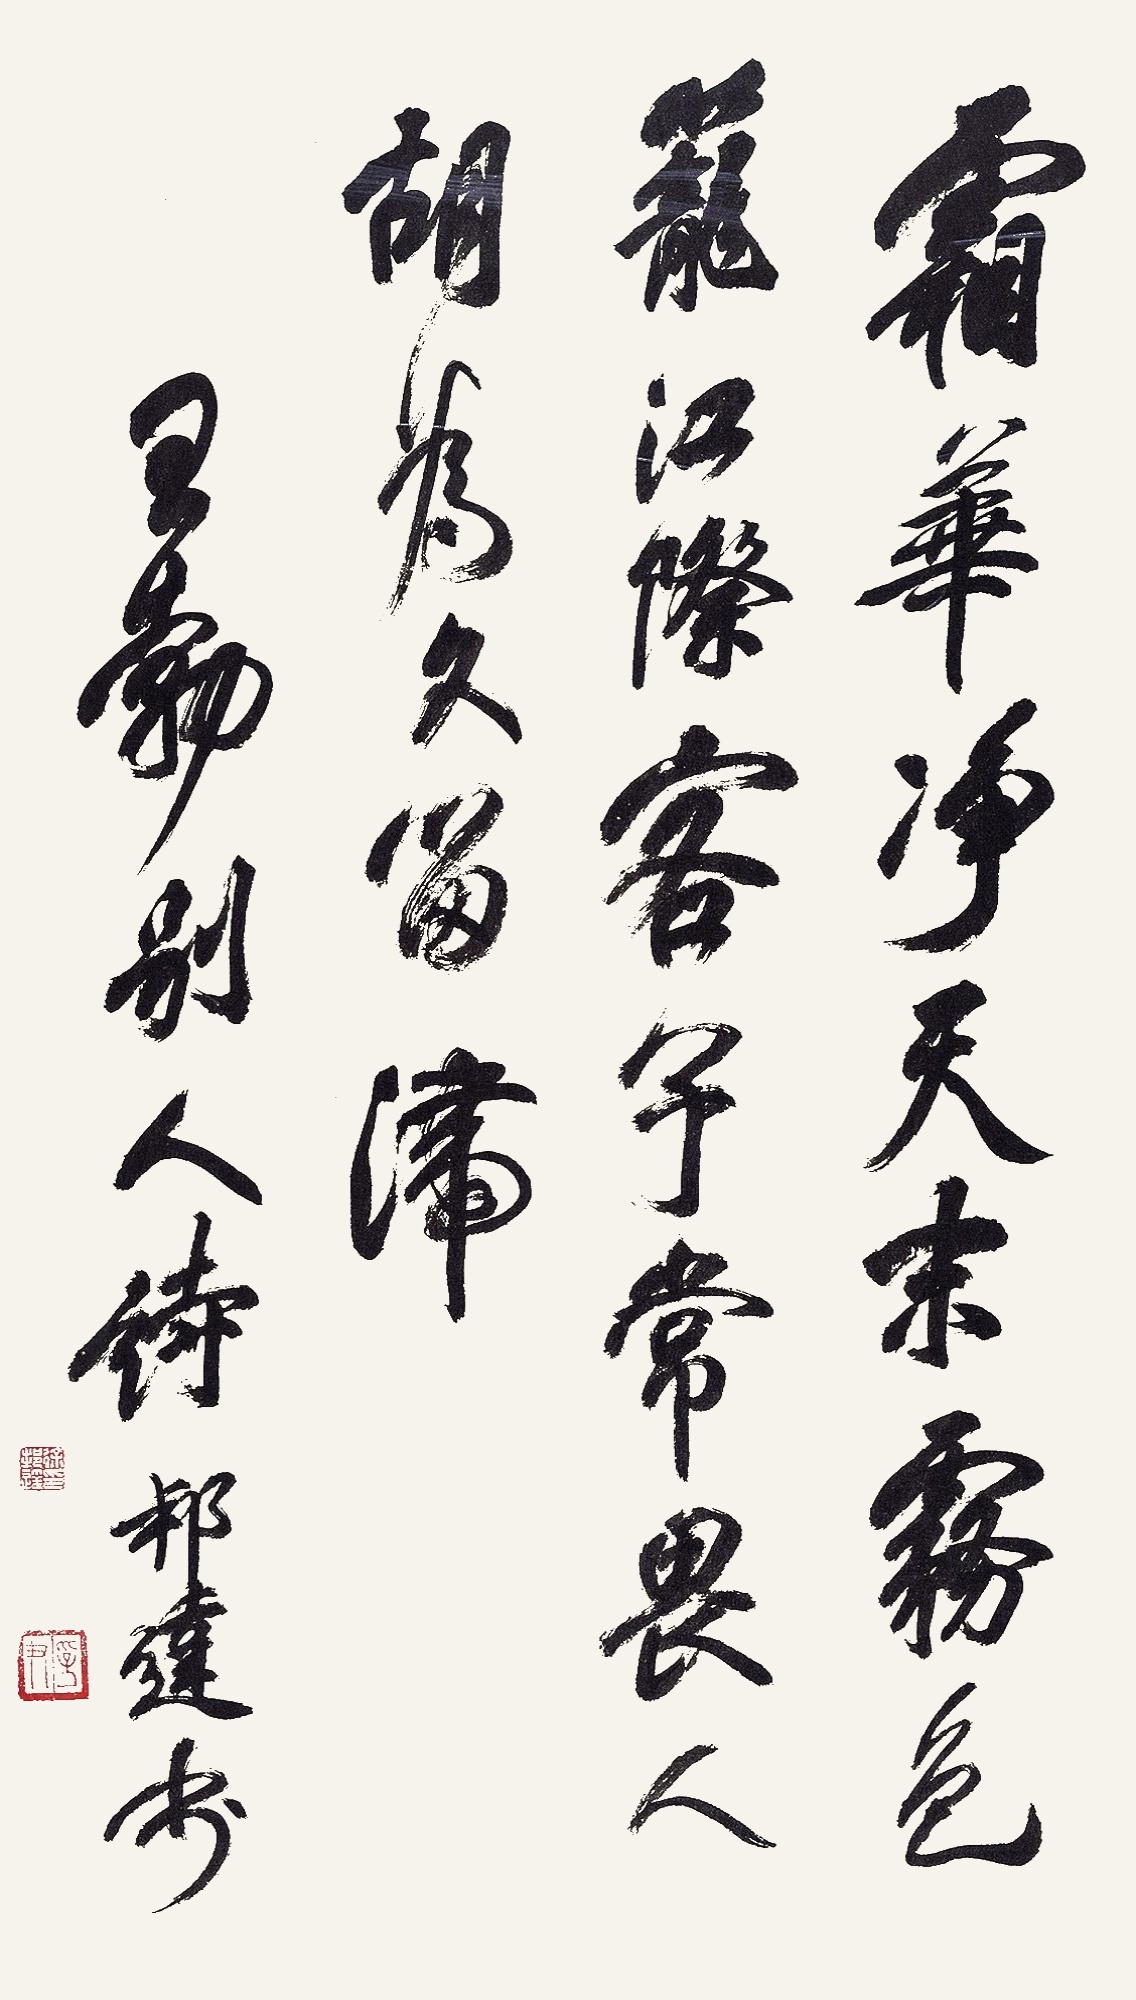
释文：霜华净天末，雾色笼江际。客子常畏人，何为久留滞。王勃《别人诗》。徐邦达。